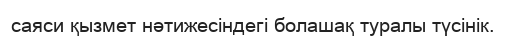
саяси қызмет нәтижесіндегі болашақ туралы түсінік.